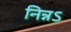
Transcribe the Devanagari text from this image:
निन्नऽ